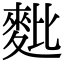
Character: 𪌈